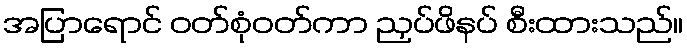
အပြာရောင် ဝတ်စုံဝတ်ကာ ညှပ်ဖိနပ် စီးထားသည်။